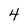
Character: 4